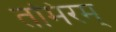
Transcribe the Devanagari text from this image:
तमिरम्